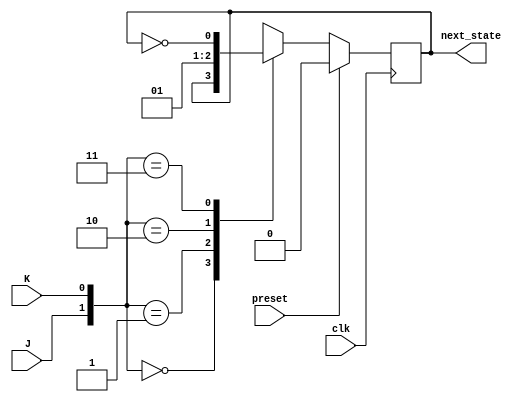
module jk_flipflop(
    input J, // Input for setting the flip-flop
    input K, // Input for resetting the flip-flop
    input clk, // Clock input to trigger flip-flop on negative edge
    input preset, // Present state input
    output reg next_state // Output for next state
);

reg q; // Register for storing current state

// Negative edge-triggered flip-flop logic
always @(negedge clk) begin
    if (preset == 1) begin
        q <= 1'b0; // Reset the flip-flop if preset is high
    end else begin
        case ({J, K})
            {1'b0, 1'b0}: q <= q; // No change
            {1'b0, 1'b1}: q <= 1'b0; // Reset
            {1'b1, 1'b0}: q <= 1'b1; // Set
            {1'b1, 1'b1}: q <= ~q; // Toggle
        endcase
    end
end

assign next_state = q; // Output the next state

endmodule